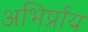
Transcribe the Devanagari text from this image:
अभिर्प्राय